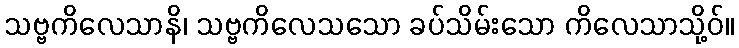
သဗ္ဗကိလေသာနိ၊ သဗ္ဗကိလေသသော ခပ်သိမ်းသော ကိလေသာသို့ဝ်။